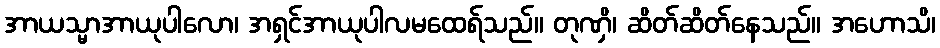
အာယသ္မာအာယုပါလော၊ အရှင်အာယုပါလမထေရ်သည်။ တုဏှိ၊ ဆိတ်ဆိတ်နေသည်။ အဟောသိ၊